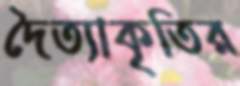
দৈত্যাকৃতির